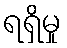
ရရှိမှု